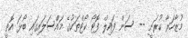
މުޒާހަރާ ކުރަނީ -- ސަން ފައިލް ފޮޓޯ ކޯޓްތަކުގެ މައްސަލައިގައި ބޯޅަ އޮތީ